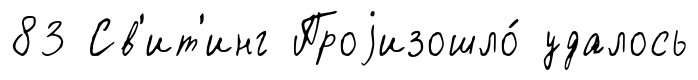
83 Св'ит'инг Проjизошло́ удалось